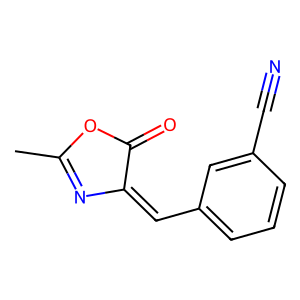
SMILES: CC1=NC(=Cc2cccc(C#N)c2)C(=O)O1
Inhibits HIV replication: No